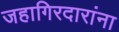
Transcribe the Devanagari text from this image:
जहागिरदारांना